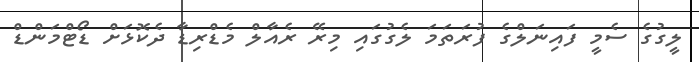
ލީގުގެ ސެމީ ފައިނަލްގެ ފުރަތަމަ ލެގުގައި މިރޭ ރެއާލް މެޑްރިޑާ ދެކޮޅަށް ޑޯޓްމަންޑް